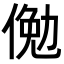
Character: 𬾲